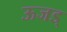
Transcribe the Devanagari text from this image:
ऊजड्